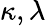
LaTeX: \kappa,\lambda